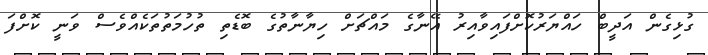
ގުޅިގެން އަދީބް ހައްޔަރުކޮށްފައިވާއިރު އޭނާގެ މައްޗަށް ހިޔާނާތުގެ ބޮޑެތި ތުހުމަތުތަކެއްވެސް ވަނީ ކޮށްފަ